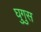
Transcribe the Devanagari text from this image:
घुगुस